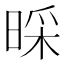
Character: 𣈄